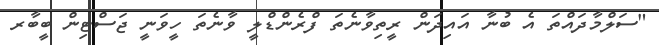
"ސަލްމާދައްތަ އެ ބުނާ އައިދަން ރީތިވާނެތަ ފްރެންޑްލީ ވާނެތަ ހީވަނީ ޖަސްޓިން ބީބާރ